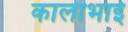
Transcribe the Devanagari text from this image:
कालाभाई